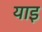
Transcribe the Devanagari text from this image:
याइ